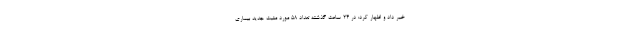
خبر داد و اظهار کرد: در ۲۴ ساعت گذشته تعداد ۵۸ مورد مثبت جدید بیماری